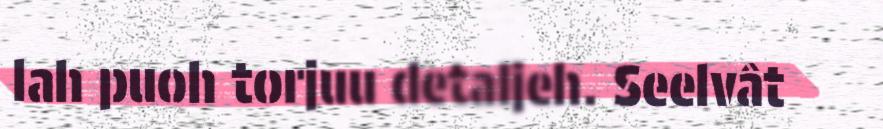
lah puoh torjuu detaljeh. Seelvât